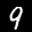
Label: 9